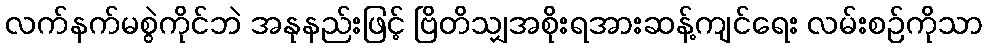
လက်နက်မစွဲကိုင်ဘဲ အနုနည်းဖြင့် ဗြိတိသျှအစိုးရအားဆန့်ကျင်ရေး လမ်းစဉ်ကိုသာ